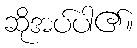
ဆိုအပ်ပါ၏။